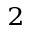
^ 2